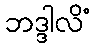
ဘဒ္ဒါလိံ